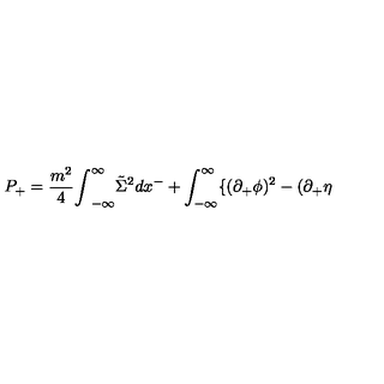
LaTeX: P _ { + } = { \frac { m ^ { 2 } } { 4 } } { \int } _ { - { \infty } } ^ { \infty } \tilde { \Sigma } ^ { 2 } d x ^ { - } + \int _ { - { \infty } } ^ { \infty } \{ ( { \partial } _ { + } { \phi } ) ^ { 2 } - ( { \partial } _ { + } { \eta }